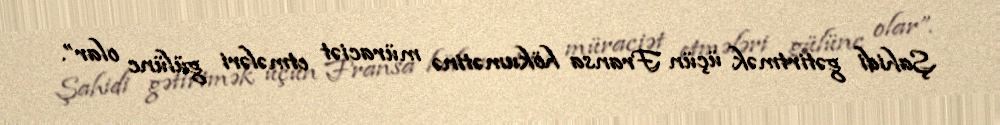
Şahidi gətirtmək üçün Fransa hökumətinə müraciət etmələri gülünc olar”.